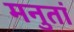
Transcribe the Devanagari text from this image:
मनुतां